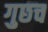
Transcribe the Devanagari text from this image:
गुछच